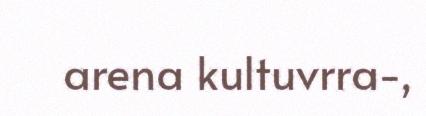
arena kultuvrra-,